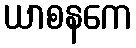
ယာစနကေ